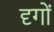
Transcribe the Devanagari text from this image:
दृगों